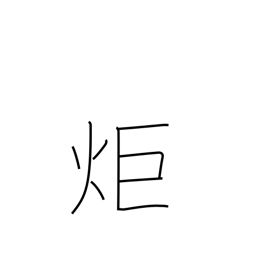
Meaning: signal fire